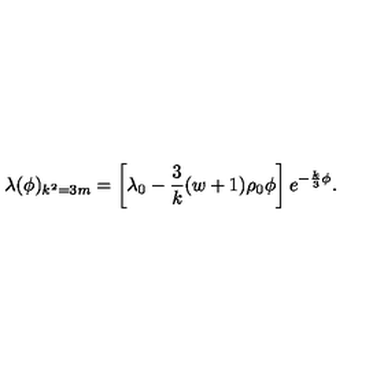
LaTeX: \lambda ( \phi ) _ { k ^ { 2 } = 3 m } = \left[ \lambda _ { 0 } - { \frac { 3 } { k } } ( w + 1 ) \rho _ { 0 } \phi \right] e ^ { - { \frac { k } { 3 } } \phi } .